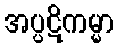
အပ္ပဋိကမ္မာ